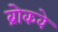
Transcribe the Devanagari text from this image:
ब्रोकवे